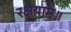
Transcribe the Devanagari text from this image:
रक्षयाम॥